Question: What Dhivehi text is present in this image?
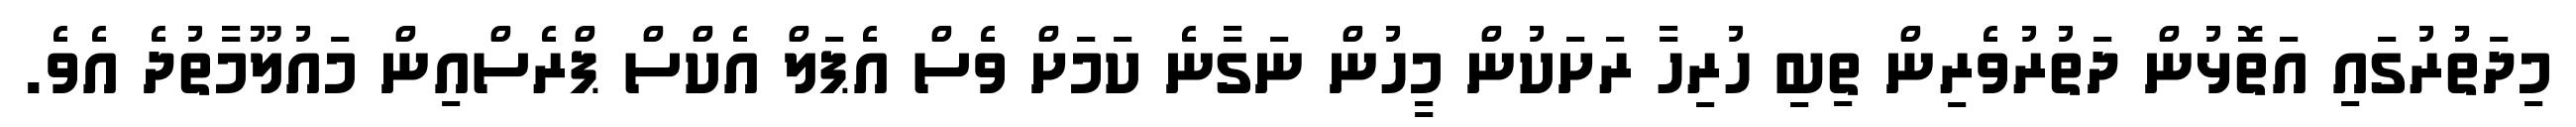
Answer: މިދަތުުރުގައި އަތޮޅުން ދަތުރުވެރިން ތިބި ހުރިހާ ރަށަކުން މީހުން ނަގާނެ ކަމަށް ވެސް އެޕަލް އެކްސް ޕްރެސްއިން މައުލޫމާތުދެ އެވެ.